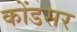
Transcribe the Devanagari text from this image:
कोंडसर